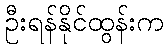
ဦးရန်နိုင်ထွန်းက